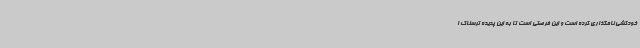
خودکشی نامگذاری کرده است و این فرصتی است تا به این پدیده ترسناک ا